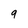
Character: 9